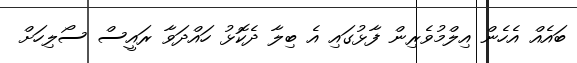
ބައެއް އެހެން އިލްމުވެރިން ފާޅުގައި އެ ބިލާ ދެކޮޅު ހައްދަވާ ރައީސް ސޯލިހަށް